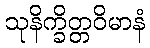
သုနိက္ခိတ္တဝိမာနံ